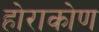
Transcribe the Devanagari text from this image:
होराकोण